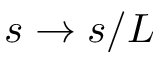
s \to s / L